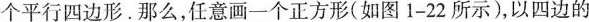
个平行四边形。那么，任意画一个正方形(如图1-22所示)，以四边的